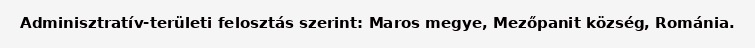
Adminisztratív-területi felosztás szerint: Maros megye, Mezőpanit község, Románia.